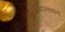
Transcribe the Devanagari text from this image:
मयदानवाने